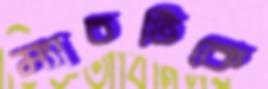
ম্যাচটিকে